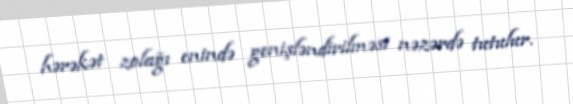
hərəkət zolağı enində genişləndirilməsi nəzərdə tutulur.